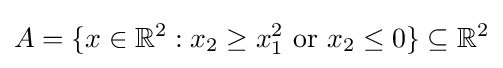
A=\{x\in \mathbb {R} ^{2}:x_{2}\geq x_{1}^{2}{\text{ or }}x_{2}\leq 0\}\subseteq \mathbb {R} ^{2}